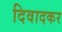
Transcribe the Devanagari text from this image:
दिवादकर